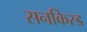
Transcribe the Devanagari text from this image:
सनकिस्ड